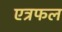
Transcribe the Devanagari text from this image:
एत्रफल